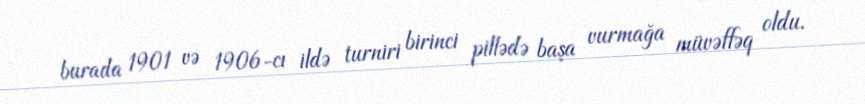
burada 1901 və 1906-cı ildə turniri birinci pillədə başa vurmağa müvəffəq oldu.